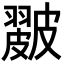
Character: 𥀘